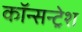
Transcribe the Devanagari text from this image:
कॉन्सन्ट्रेश